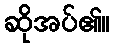
ဆိုအပ်၏။